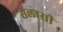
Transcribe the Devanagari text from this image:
सलासी